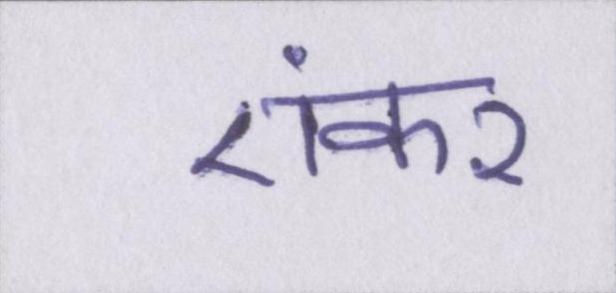
एंकर